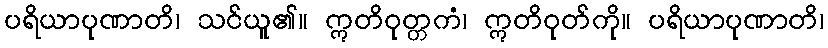
ပရိယာပုဏာတိ၊ သင်ယူ၏။ ဣတိဝုတ္တကံ၊ ဣတိဝုတ်ကို။ ပရိယာပုဏာတိ၊